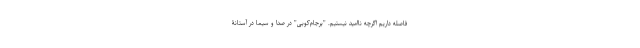
فاصله داریم اگرچه ناامید نیستیم. "برجام‌کوبی" در صدا و سیما در آستانۀ